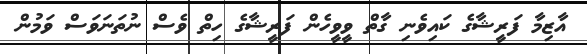
އާޒިމާ ފަރީޝާގެ ކައިވެނި ގާތް ވީވީހެން ފަރީޝާގެ ހިތް ވެސް ނުތަނަވަސް ވަމުން